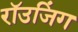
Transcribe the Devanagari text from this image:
रॉउजिंग